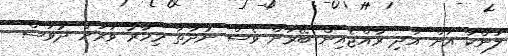
ލަންކާ އަށް އަދި ރާއްޖެއިން ބޭރަށް ވެސް ނުދާތާ މިހާރު ވަރަށް ދުވަސް